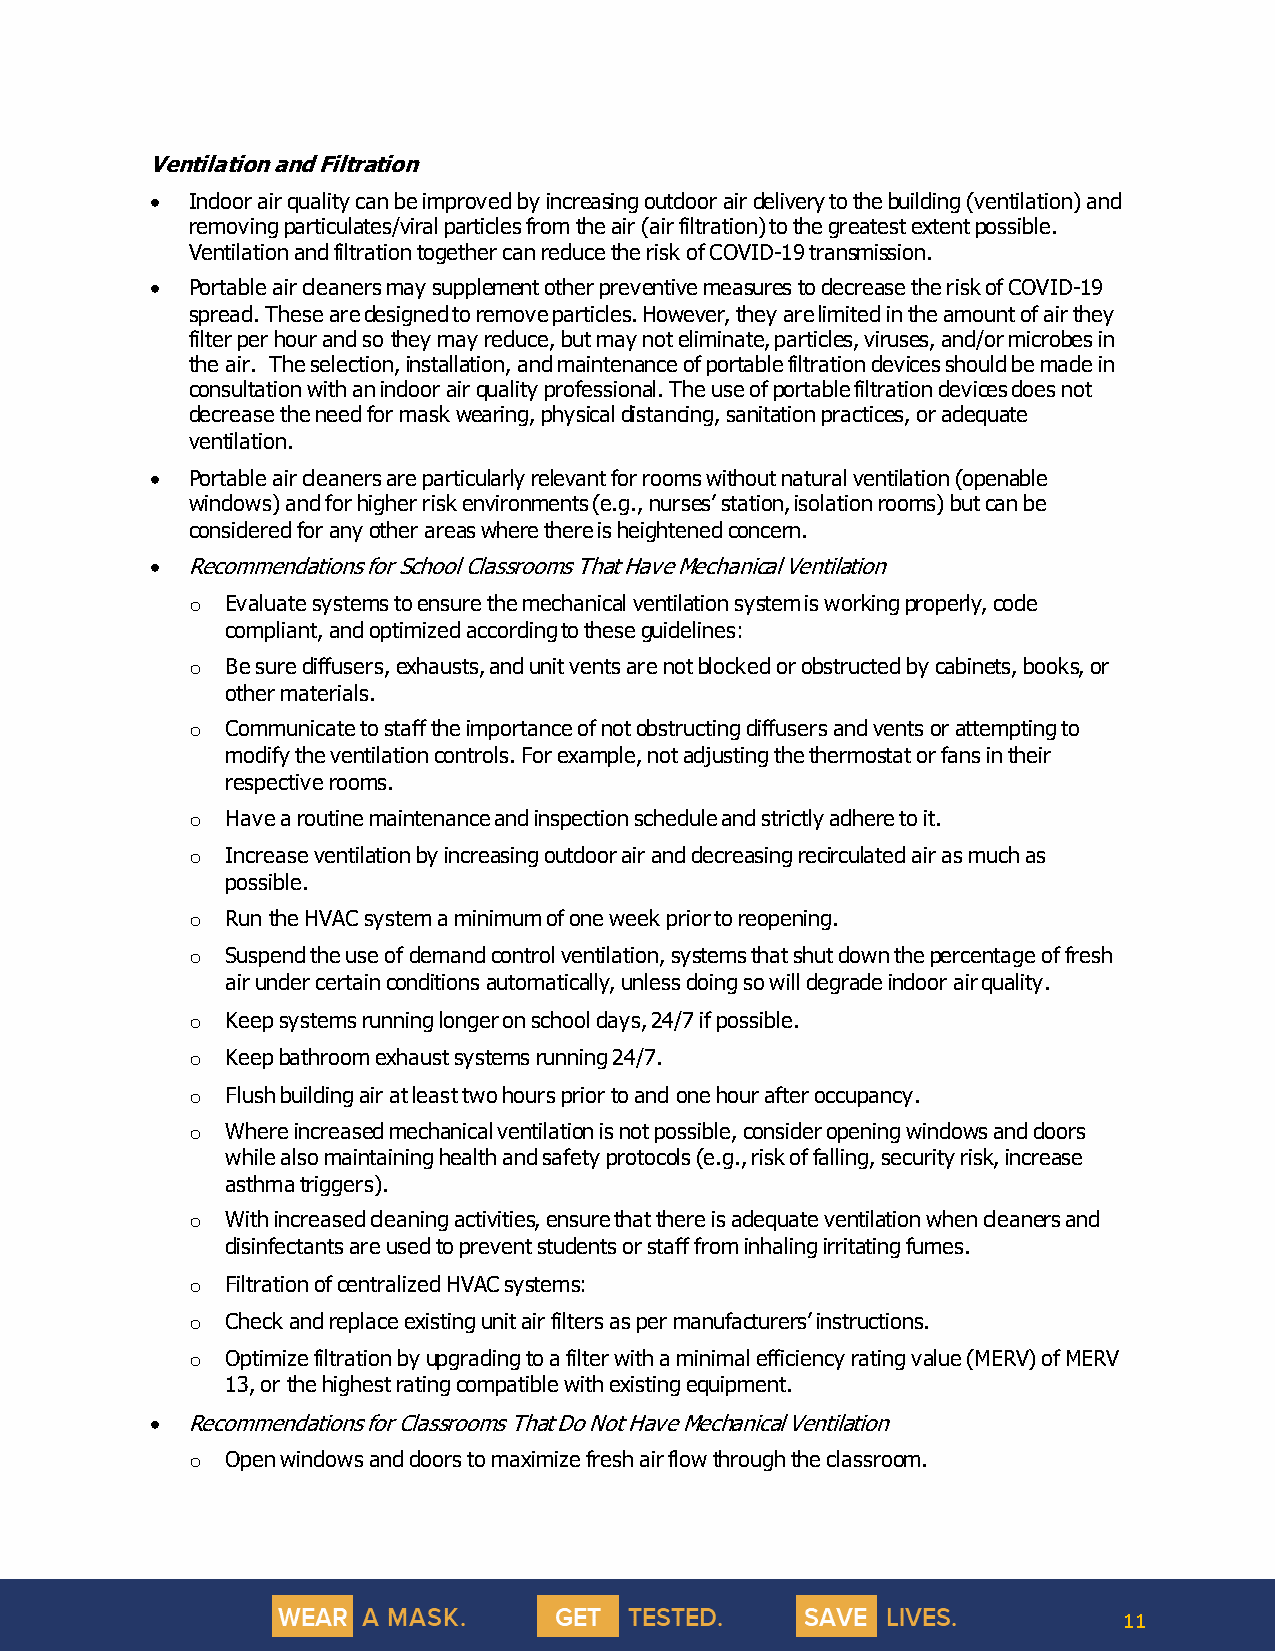
Ventilation and Filtration
 • Indoor air quality can be improved by increasing outdoor air delivery to the building (ventilation) and
 removing particulates/viral particles from the air (air filtration) to the greatest extent possible.
 Ventilation and filtration together can reduce the risk of COVID-19 transmission.
 • Portable air cleaners may supplement other preventive measures to decrease the risk of COVID-19
 spread. These are designed to remove particles. However, they are limited in the amount of air they
 filter per hour and so they may reduce, but may not eliminate, particles, viruses, and/or microbes in
 the air. The selection, installation, and maintenance of portable filtration devices should be made in
 consultation with an indoor air quality professional. The use of portable filtration devices does not
 decrease the need for mask wearing, physical distancing, sanitation practices, or adequate
 ventilation.
 • Portable air cleaners are particularly relevant for rooms without natural ventilation (openable
 windows) and for higher risk environments (e.g., nurses’ station, isolation rooms) but can be
 considered for any other areas where there is heightened concern.
 • Recommendations for School Classrooms That Have Mechanical Ventilation
 o  Evaluate systems to ensure the mechanical ventilation system is working properly, code
 compliant, and optimized according to these guidelines:
 o  Be sure diffusers, exhausts, and unit vents are not blocked or obstructed by cabinets, books, or
 other materials.
 o  Communicate to staff the importance of not obstructing diffusers and vents or attempting to
 modify the ventilation controls. For example, not adjusting the thermostat or fans in their
 respective rooms.
 o  Have a routine maintenance and inspection schedule and strictly adhere to it.
 o  Increase ventilation by increasing outdoor air and decreasing recirculated air as much as
 possible.
 o  Run the HVAC system a minimum of one week prior to reopening.
 o  Suspend the use of demand control ventilation, systems that shut down the percentage of fresh
 air under certain conditions automatically, unless doing so will degrade indoor air quality.
 o  Keep systems running longer on school days, 24/7 if possible.
 o  Keep bathroom exhaust systems running 24/7.
 o  Flush building air at least two hours prior to and one hour after occupancy.
 o  Where increased mechanical ventilation is not possible, consider opening windows and doors
 while also maintaining health and safety protocols (e.g., risk of falling, security risk, increase
 asthma triggers).
 o  With increased cleaning activities, ensure that there is adequate ventilation when cleaners and
 disinfectants are used to prevent students or staff from inhaling irritating fumes.
 o  Filtration of centralized HVAC systems:
 o  Check and replace existing unit air filters as per manufacturers’ instructions.
 o  Optimize filtration by upgrading to a filter with a minimal efficiency rating value (MERV) of MERV
 13, or the highest rating compatible with existing equipment.
 • Recommendations for Classrooms That Do Not Have Mechanical Ventilation
 o  Open windows and doors to maximize fresh air flow through the classroom.
 11